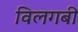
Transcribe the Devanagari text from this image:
विलगबी